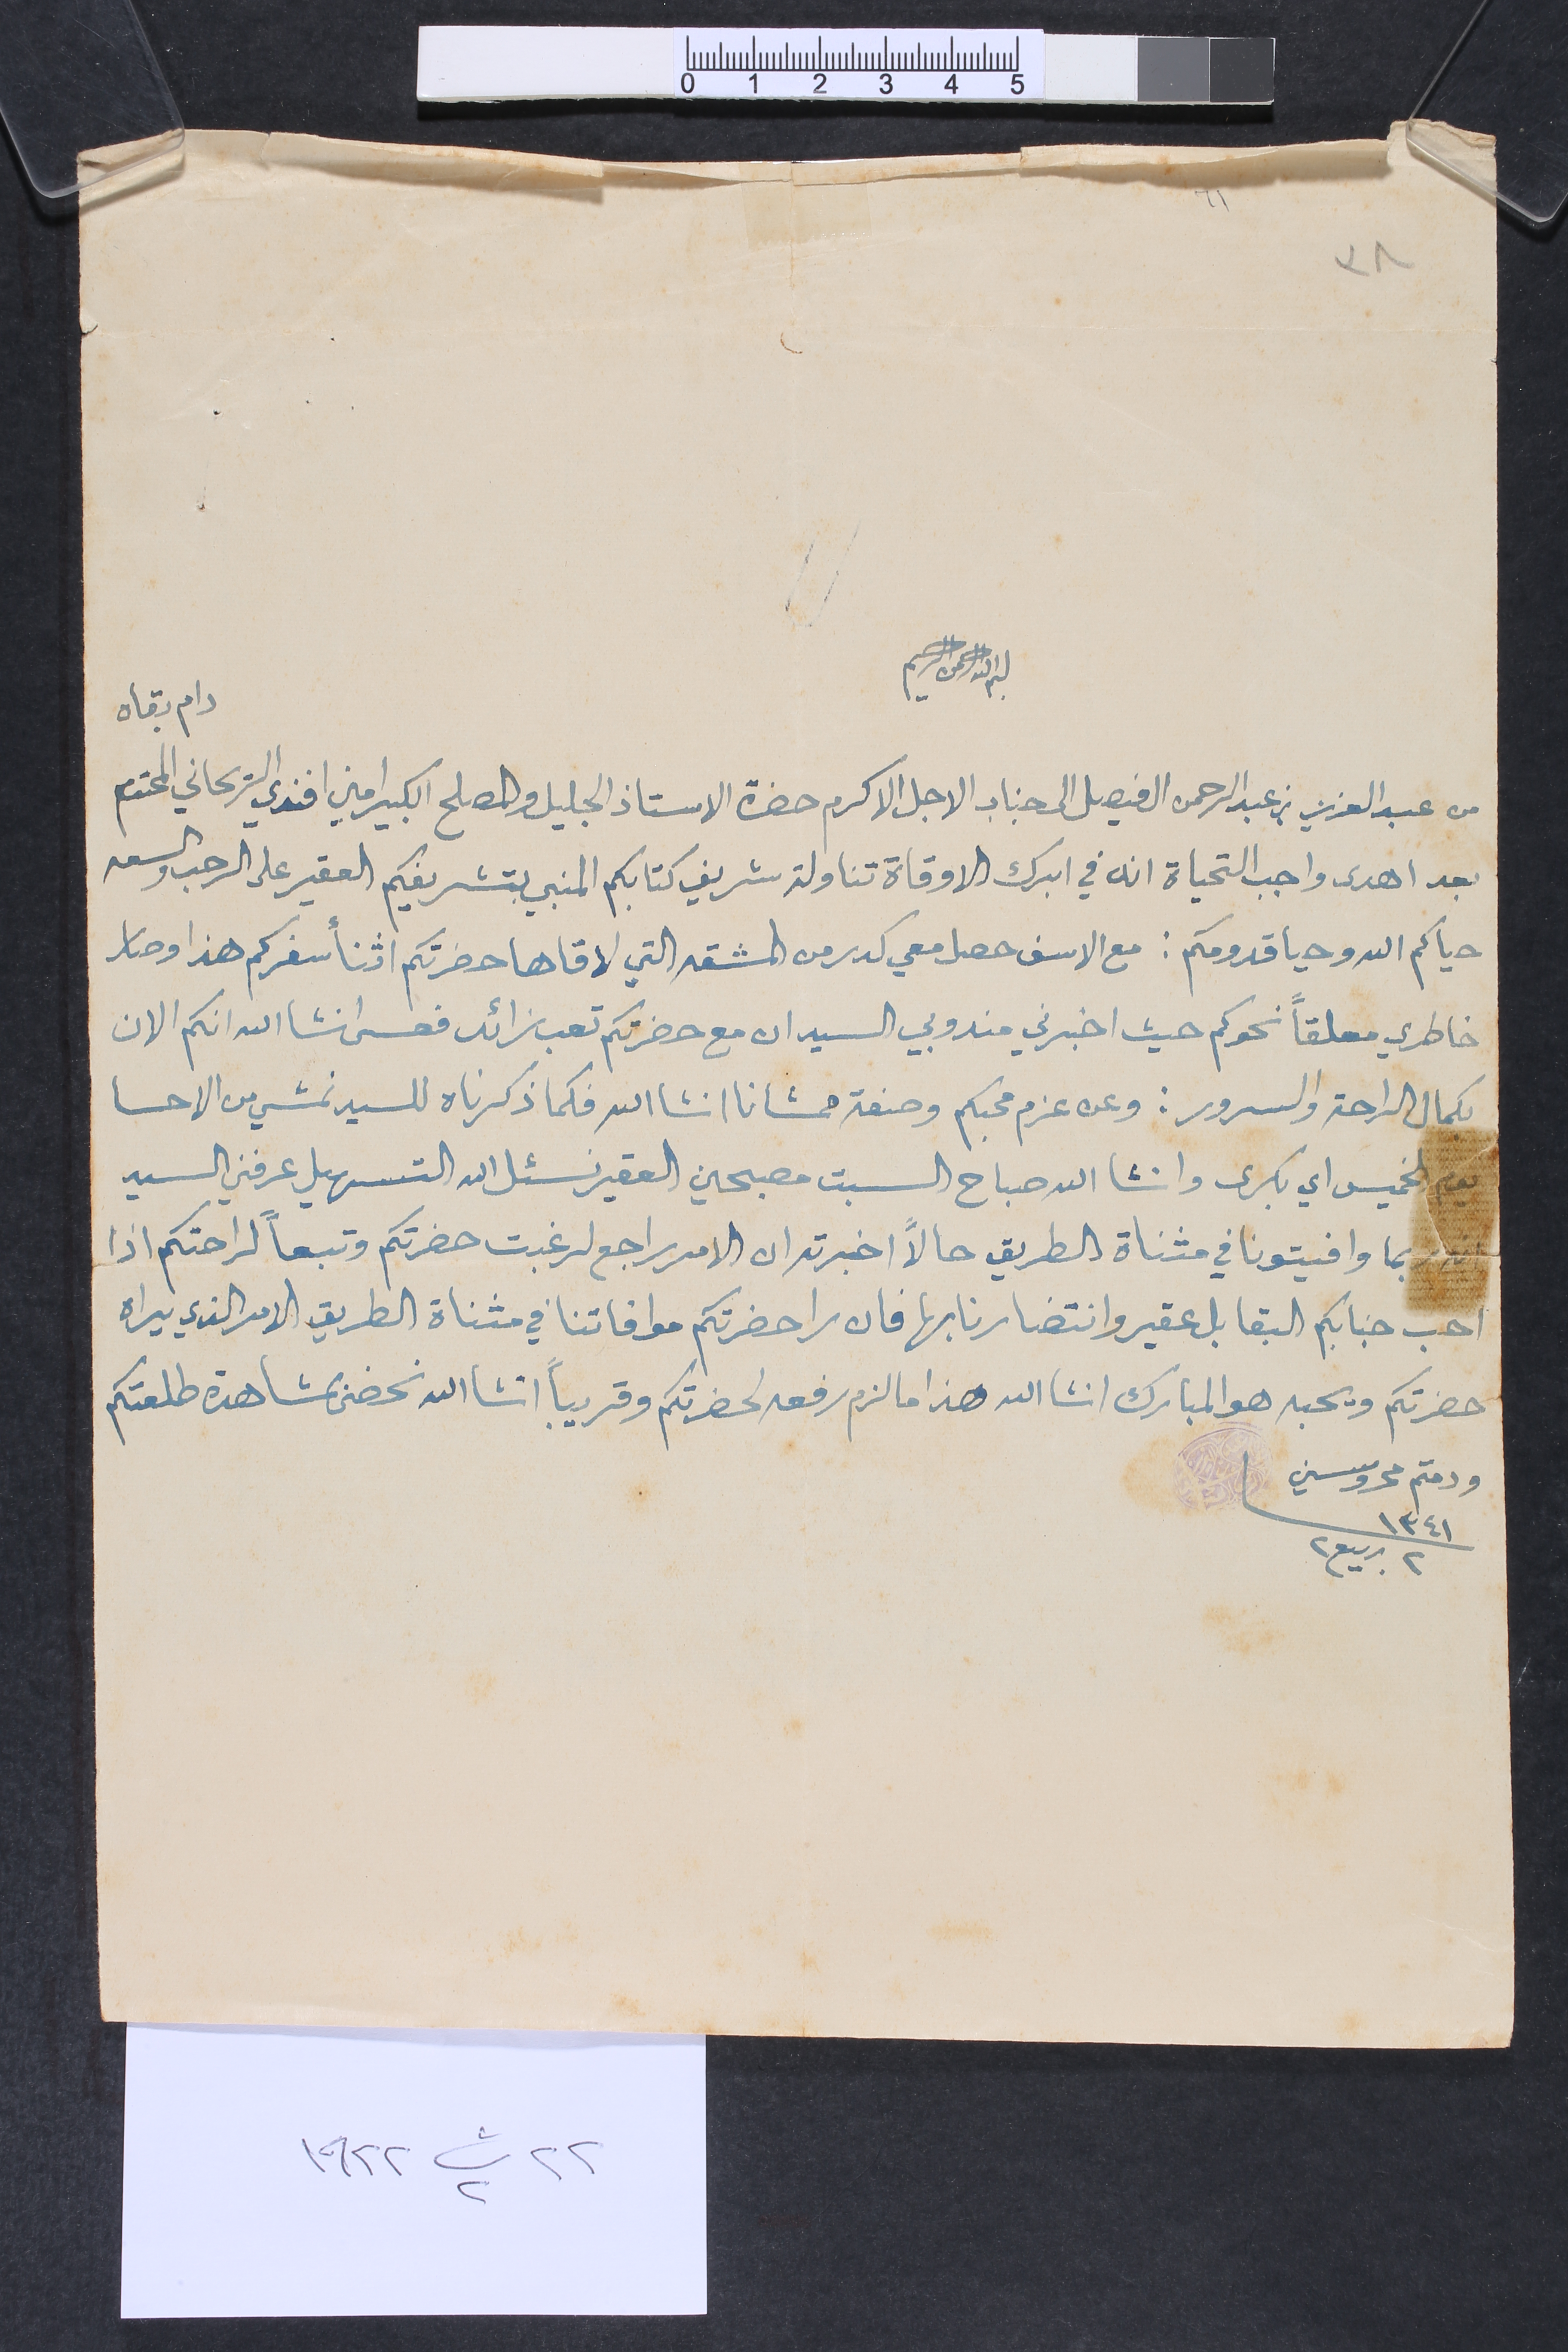
٣٨
بسم الله الرحمن الرحيم
من عبد العزيز بن عبد الرحمن ال فيصل الى جناب الاجل الاكرم حضرة الاستاذ الجليل والمصلح الكبير امين افندي الريحاني المحترم دام بقاه
بعد اهدى واجب التحياة انه في ابرك الاوقاة تناولة شريف كتابكم المنبي بتشريفكم العقير على الرحب والسعه
حياكم الله وحيا قدومكم: مع الاسف حصل معي كدر من المشقه التي لاقاها حضرتكم اثنأ سفركم هذا وصار
خاطري معلقاً نحوكم حيث اخبرني مندوبي السيد ان مع حضرتكم تعب زائد فعسى انشالله انكم الان
بكمال الراحة والسرور: وعن عزم محبكم وصفة ممشانا انشالله فكما ذكرناه للسيد نمشي من الاحسا
يوم الخميس اي بكرى وانشاالله صباح السبت مصبحين العقير نسئل الله التسهيل عرفني السيد
انه ربما وافيتونا في مثناة الطريق حالاً اخبرته ان الامر راجع لرغبت حضرتكم وتبعاً لراحتكم اذا
احب جنابكم البقا بلعقير وانتضارنا بها فان را حضرتكم موافاتنا في مثناة الطريق الامر الذي يراه
حضرتكم ويحبه هو المبارك انشالله هذا ما لزم رفعه لحضرتكم وقريباً انشاالله نحضى بمشاهدة طلعتكم
ودمتم محروسين		 ١٣٤١	 ٢ ربيع٢
٢٢ ت٢ ١٩٢٢